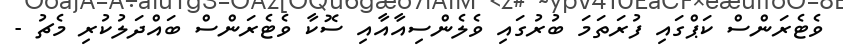
ވެޓެރަންސް ކަޕްގައި ފުރަތަމަ ބުރުގައި ވެލެންސިއާއާއި ސޮކާ ވެޓެރަންސް ބައްދަލުކުރި މެޗު -